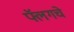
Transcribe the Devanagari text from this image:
फ्लॅगचे